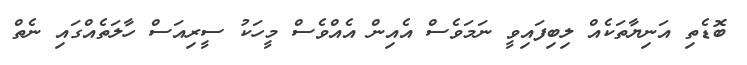
ބޮޑެތި އަނިޔާތަކެއް ލިބިފައިވީ ނަމަވެސް އެއިން އެއްވެސް މީހަކު ސީރިއަސް ހާލަތެއްގައި ނެތް